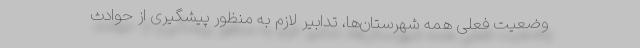
وضعیت فعلی همه شهرستان‌ها، تدابیر لازم به منظور پیشگیری از حوادث